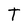
Character: T